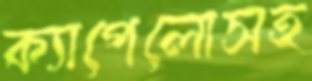
ক্যাপেলোসহ